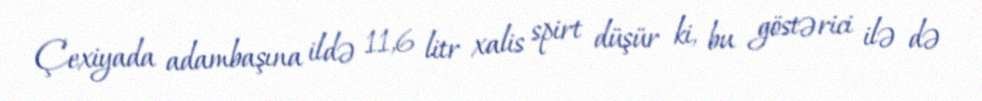
Çexiyada adambaşına ildə 11,6 litr xalis spirt düşür ki, bu göstərici ilə də